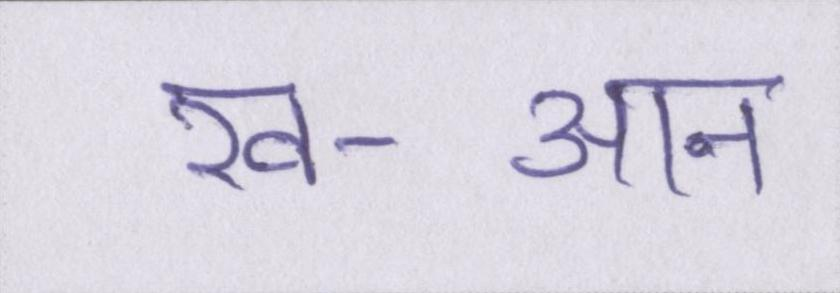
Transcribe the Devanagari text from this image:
ख-आन